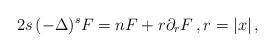
LaTeX: \begin{align*}2s\,(-\Delta)^s F = nF+ r\partial_{r} F\,,r=|x|\,,\end{align*}